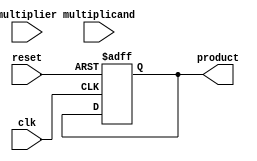
module SequentialBoothMultiplier (
    input wire clk,
    input wire reset,
    input wire [15:0] multiplier,
    input wire [15:0] multiplicand,
    output reg [31:0] product
);

reg [31:0] partial_product;
reg [1:0] count;
reg [1:0] select;
reg [15:0] a, a_neg, b, b_neg;
wire [15:0] shift_carry;

always @(posedge clk or posedge reset) begin
    if (reset) begin
        count <= 2'b00;
        select <= 2'b00;
        partial_product <= 32'b0;
        product <= 32'b0;
    end else begin
        count <= count + 2'b01;
        
        case(count)
            2'b00: begin // Convert multiplier and multiplicand to 2's complement
                a = multiplier;
                b = multiplicand;
                a_neg = ~a + 16'b1;
                b_neg = ~b + 16'b1;
                partial_product[15:0] <= a;
                partial_product[31:16] <= b;
            end
            2'b01: begin // Perform Booth algorithm operations
                if (partial_product[0] == 1 && select == 2'b00)
                    partial_product = partial_product + {16'b0, b_neg};
                else if (partial_product[0] == 0 && select == 2'b00)
                    partial_product = partial_product + {16'b0, b};
                
                select <= select + 2'b01;
            end
            2'b10: begin // Shift partial product right
                partial_product = partial_product >> 1;
                
                if (partial_product[31] == 1)
                    shift_carry = 16'b1;
                else
                    shift_carry = 16'b0;
                
                partial_product[15:0] = partial_product[15:0] + shift_carry;
                
                select <= select - 2'b01;
            end
        endcase
        
        if (count == 4)
            product = partial_product;
    end
end

endmodule